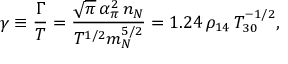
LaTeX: \gamma \equiv \frac { \Gamma } { T } = \frac { \sqrt \pi \, \alpha _ { \pi } ^ { 2 } \, n _ { N } } { T ^ { 1 / 2 } m _ { N } ^ { 5 / 2 } } = 1 . 2 4 \, \rho _ { 1 4 } \, T _ { 3 0 } ^ { - 1 / 2 } ,